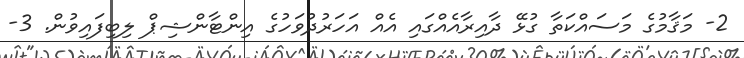
2- މަޤާމުގެ މަސައްކަތާ ގުޅޭ ދާއިރާއެއްގައި އެއް އަހަރުދުވަހުގެ އިންޓާންޝިޕް ލިބިފައިވުން. 3-